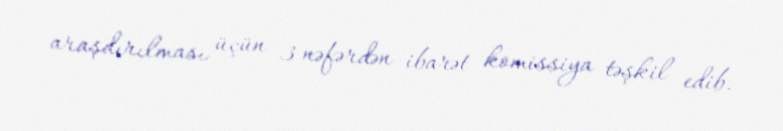
araşdırılması üçün 3 nəfərdən ibarət komissiya təşkil edib.